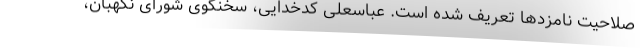
صلاحیت نامزدها تعریف شده است. عباسعلی کدخدایی، سخنگوی شورای نگهبان،